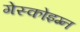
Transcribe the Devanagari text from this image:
गेस्कोइग्न